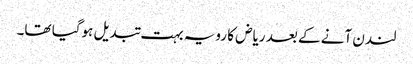
لندن آنے کے بعد ریاض کا رویہ بہت تبدیل ہوگیا تھا۔